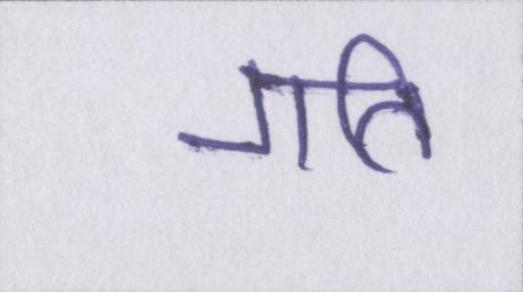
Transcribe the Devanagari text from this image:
गति